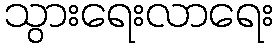
သွားရေးလာရေး